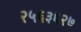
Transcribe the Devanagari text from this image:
२५६३६२७